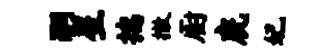
嗣星揣撤厨虎妃